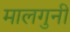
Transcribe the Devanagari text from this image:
मालगुनी